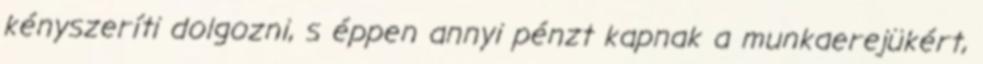
kényszeríti dolgozni, s éppen annyi pénzt kapnak a munkaerejükért,